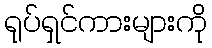
ရုပ်ရှင်ကားများကို